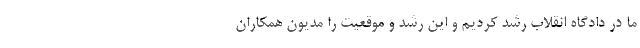
ما در دادگاه انقلاب رشد کردیم و این رشد و موقعیت را مدیون همکاران